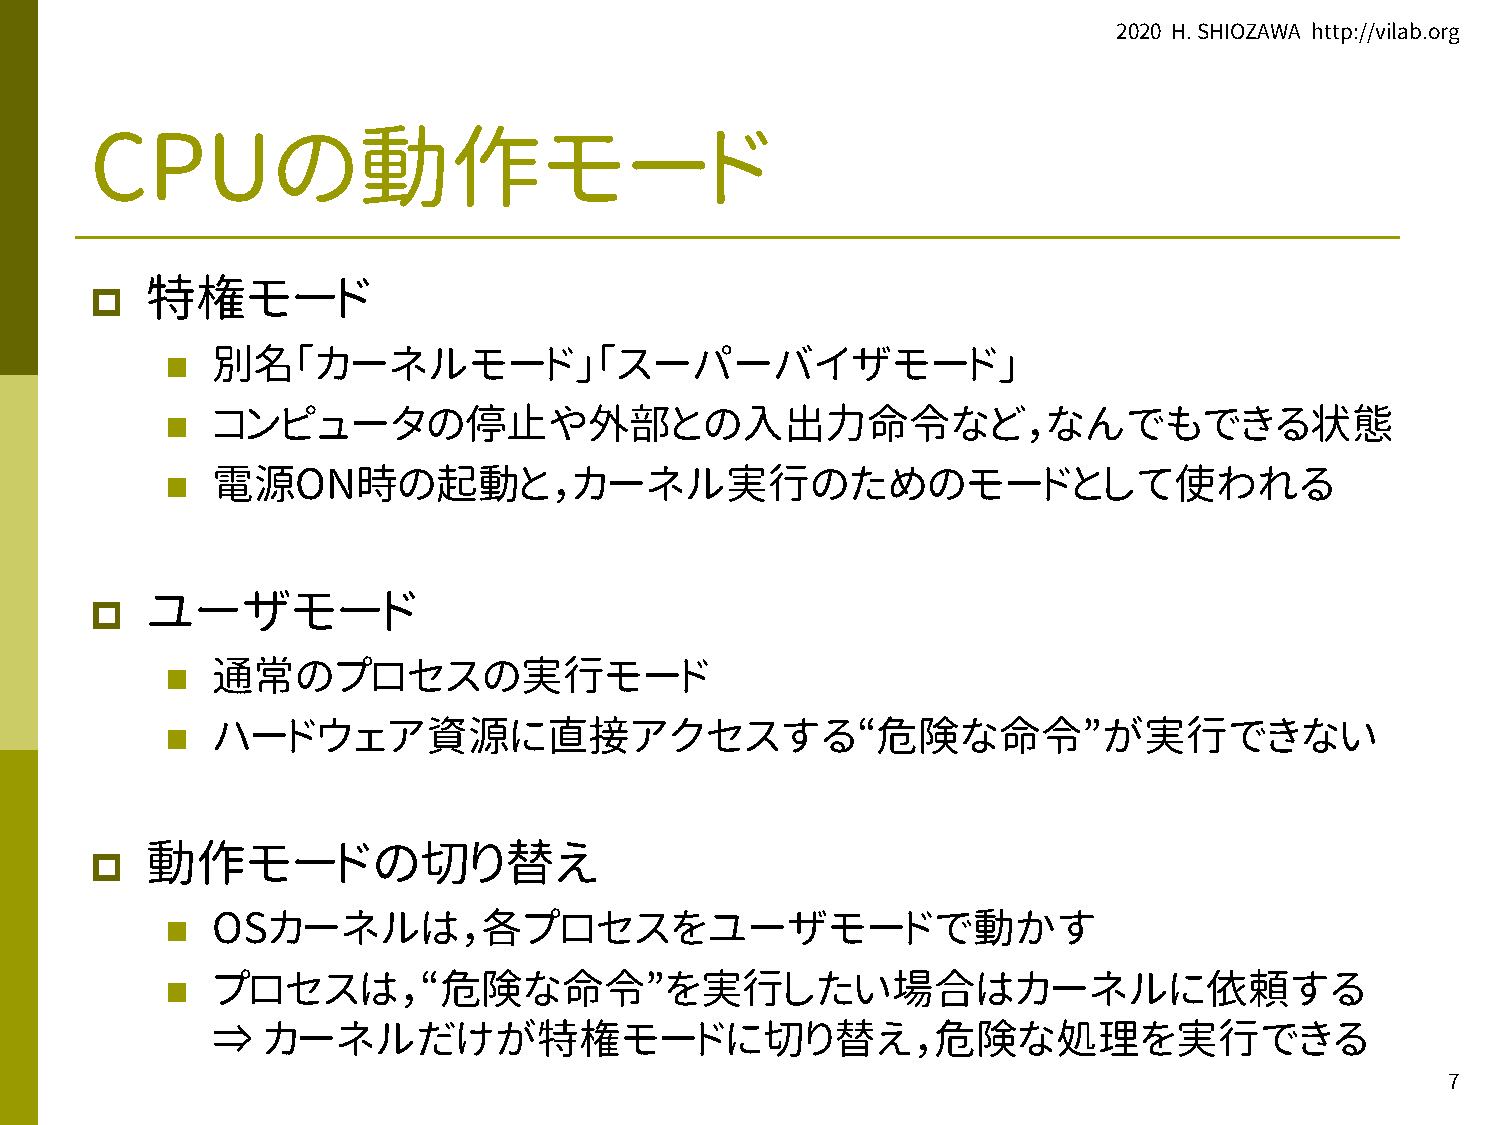
2020 H. SHIOZAWA http://vilab.org
 CPUの動作モード
 p   特権モード
 n  別名「カーネルモード」「スーパーバイザモード」
 n  コンピュータの停止や外部との入出力命令など，なんでもできる状態
 n  電源ON時の起動と，カーネル実行のためのモードとして使われる
 p   ユーザモード
 n  通常のプロセスの実行モード
 n  ハードウェア資源に直接アクセスする“危険な命令”が実行できない
 p   動作モードの切り替え
 n  OSカーネルは，各プロセスをユーザモードで動かす
 n  プロセスは，“危険な命令”を実行したい場合はカーネルに依頼する
 ⇒  カーネルだけが特権モードに切り替え，危険な処理を実行できる
 7